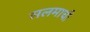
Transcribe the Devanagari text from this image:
सलमाची